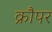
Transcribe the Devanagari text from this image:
क्रौपर